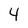
Character: 4